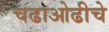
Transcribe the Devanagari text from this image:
चढाओढीचे